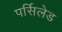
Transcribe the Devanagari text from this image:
पर्सिलेड